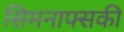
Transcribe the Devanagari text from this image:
सिमनाफ्सकी